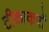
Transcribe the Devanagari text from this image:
टीकाकरों